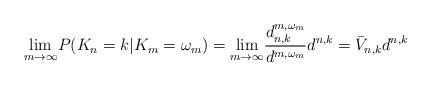
LaTeX: \begin{align*} \underset{m\rightarrow \infty}{\lim} P(K_{n}=k|K_{m}=\omega_{m})=\underset{m\rightarrow \infty}{\lim} \frac{d_{n,k}^{m,\omega_{m}}}{d^{m,\omega_{m}}} d^{n,k} = \bar{V}_{n,k} d^{n,k}\end{align*}